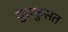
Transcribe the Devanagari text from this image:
धुसफुसत